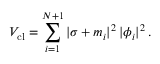
V _ { \mathrm { c l } } = \sum _ { i = 1 } ^ { N + 1 } | \sigma + m _ { i } | ^ { 2 } \, | \phi _ { i } | ^ { 2 } \, .